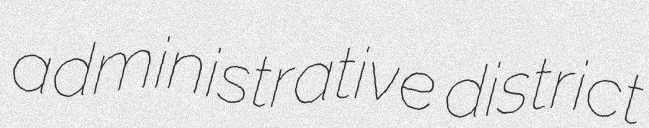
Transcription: administrative district